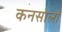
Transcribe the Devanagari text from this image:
कनसोलों